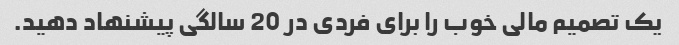
یک تصمیم مالی خوب را برای فردی در 20 سالگی پیشنهاد دهید.